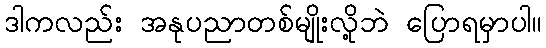
ဒါကလည်း အနုပညာတစ်မျိုးလို့ဘဲ ပြောရမှာပါ။